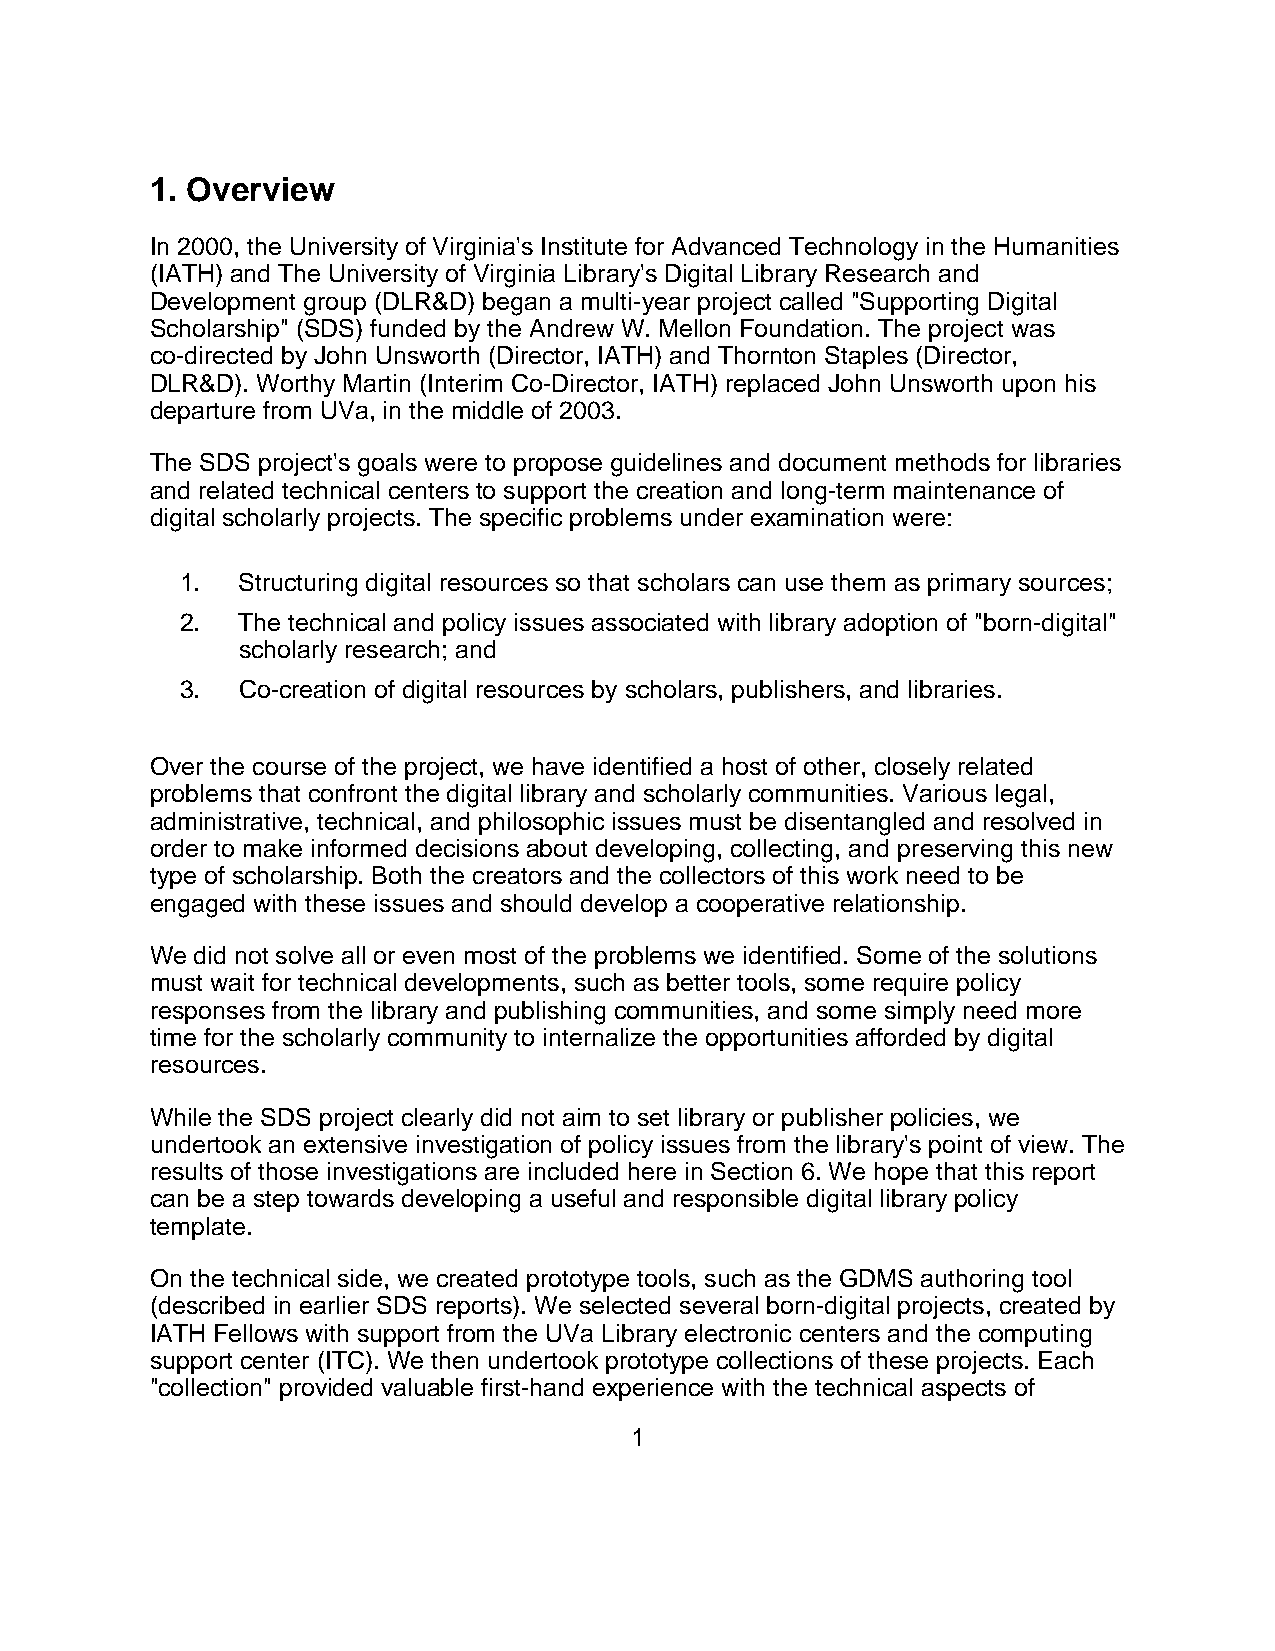
1. Overview
 In 2000, the University of Virginia's Institute for Advanced Technology in the Humanities
 (IATH) and The University of Virginia Library's Digital Library Research and
 Development group (DLR&D) began a multi-year project called "Supporting Digital
 Scholarship" (SDS) funded by the Andrew W. Mellon Foundation. The project was
 co-directed by John Unsworth (Director, IATH) and Thornton Staples (Director,
 DLR&D). Worthy Martin (Interim Co-Director, IATH) replaced John Unsworth upon his
 departure from UVa, in the middle of 2003.
 The SDS project's goals were to propose guidelines and document methods for libraries
 and related technical centers to support the creation and long-term maintenance of
 digital scholarly projects. The specific problems under examination were:
 1.  Structuring digital resources so that scholars can use them as primary sources;
 2.  The technical and policy issues associated with library adoption of "born-digital"
 scholarly research; and
 3.  Co-creation of digital resources by scholars, publishers, and libraries.
 Over the course of the project, we have identified a host of other, closely related
 problems that confront the digital library and scholarly communities. Various legal,
 administrative, technical, and philosophic issues must be disentangled and resolved in
 order to make informed decisions about developing, collecting, and preserving this new
 type of scholarship. Both the creators and the collectors of this work need to be
 engaged with these issues and should develop a cooperative relationship.
 We did not solve all or even most of the problems we identified. Some of the solutions
 must wait for technical developments, such as better tools, some require policy
 responses from the library and publishing communities, and some simply need more
 time for the scholarly community to internalize the opportunities afforded by digital
 resources.
 While the SDS project clearly did not aim to set library or publisher policies, we
 undertook an extensive investigation of policy issues from the library's point of view. The
 results of those investigations are included here in Section 6. We hope that this report
 can be a step towards developing a useful and responsible digital library policy
 template.
 On the technical side, we created prototype tools, such as the GDMS authoring tool
 (described in earlier SDS reports). We selected several born-digital projects, created by
 IATH Fellows with support from the UVa Library electronic centers and the computing
 support center (ITC). We then undertook prototype collections of these projects. Each
 "collection" provided valuable first-hand experience with the technical aspects of
 1